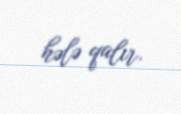
hələ qalır.